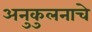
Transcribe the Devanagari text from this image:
अनुकुलनाचे